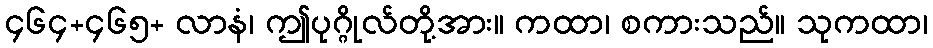
၄၆၄+၄၆၅+ လာနံ၊ ဤပုဂ္ဂိုလ်တို့အား။ ကထာ၊ စကားသည်။ သုကထာ၊